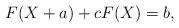
LaTeX: \begin{align*} F(X+a)+cF(X)=b,\end{align*}